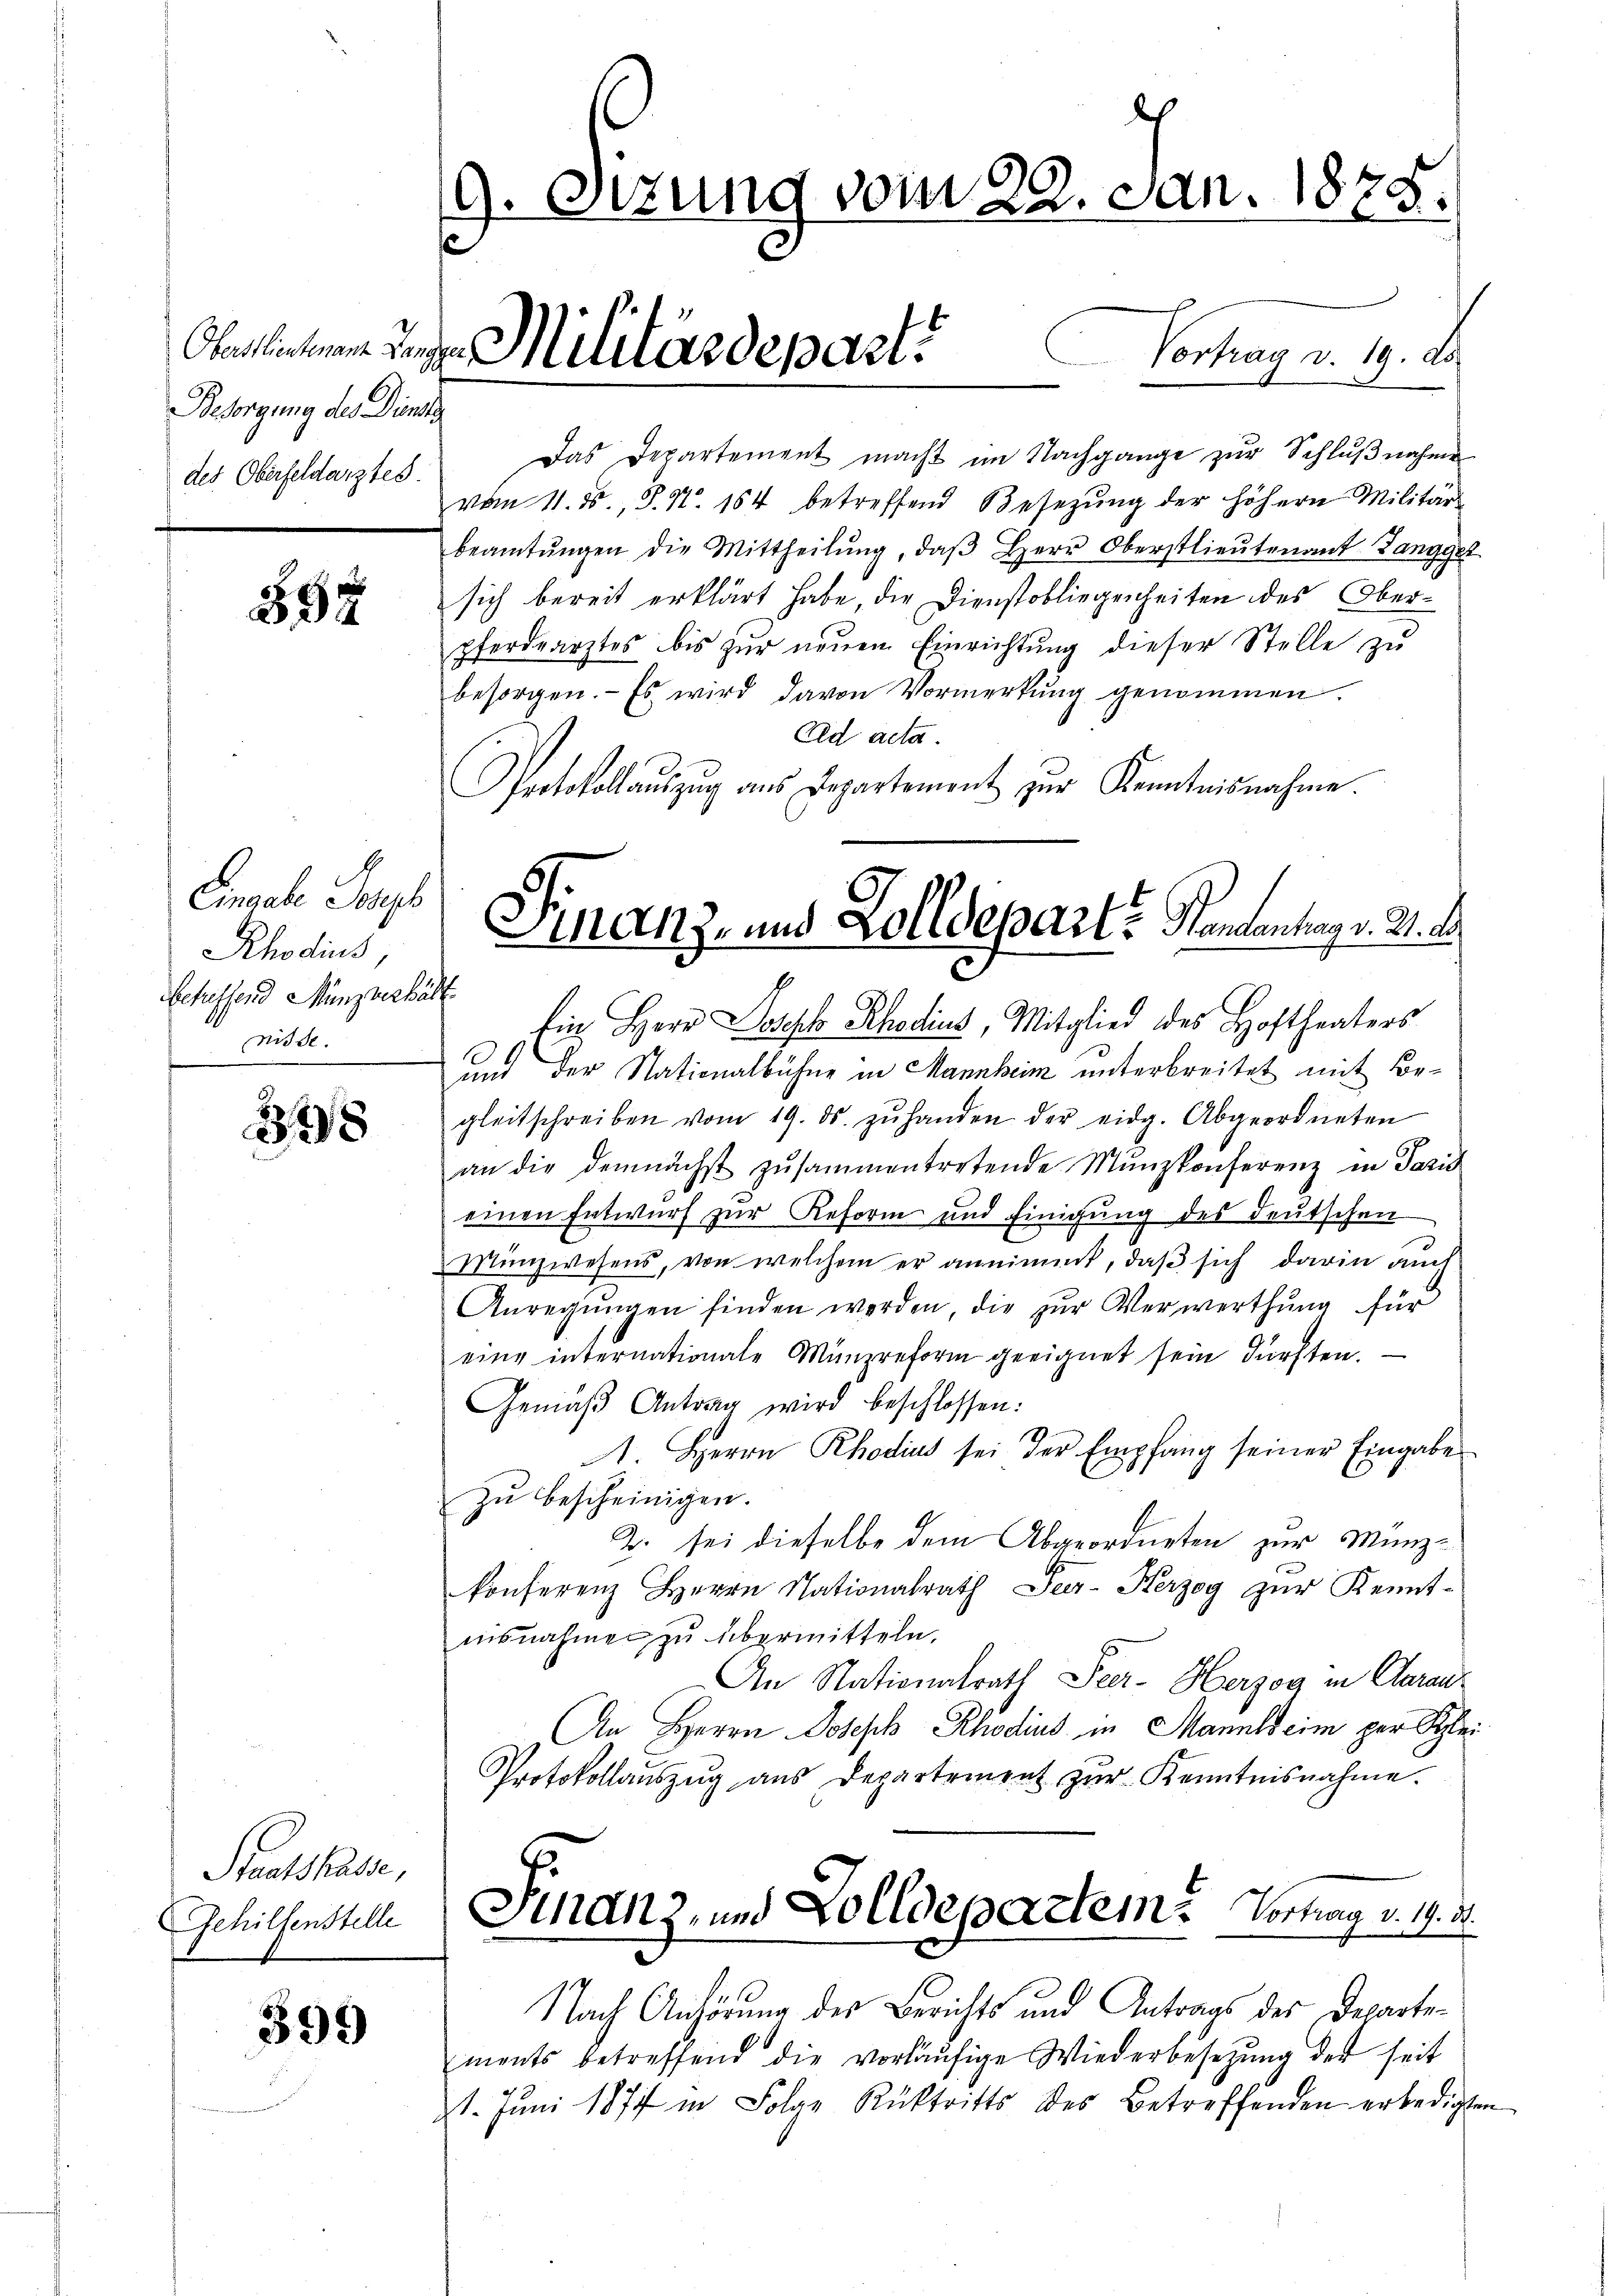
Besorgung des Dienst
des Oberfeldarztes.

334

Eingabe Soph
Rhodius,
betreffend Münzverhäl
nisse.

398

Staatskasse,
Gehilfenstelle

399

e
9. Sizung vom 22. Jan. 1878.

Oberlichen Tagen Militärdepart.

Vortrag v. 19. ds.
Das Departement macht im Nachgange zur Schlŭβnahme
vom 11. ds., S. Nr. 184 betreffend Besetzŭng der höhern Militär-
beamtŭngen die Mittheilŭng, daβ Herr Oberstlieŭtenant Langger
sich bereit erklärt habe, die Dienstobliegenheiten des Oberpferdearztes bis zŭr neŭen Einrichtung dieser Stelle zu
besorgen. - Es wird davon Vormerkung genommen.
Eld acta.
Protokollaŭszŭg ans Departement zŭr Kenntnisnahme.
Ein Herr Joseph Rhodins, Mitglied des Hoftheaters
und der Nationalbühne in Mannheim unterbreitet mit Begleitschreiben vom 19. ds. zŭ handen der eidg. Abgeordneten
an die demnächst zŭsammentretende Mŭnzkonferenz in Paris
einen Entwurf zur Reform und Einigung des Deutschen
Münzwesens, von welchem er annimmt, daß sich darin auch
Anregŭngen finden worden, die zŭr Verwerthŭng für
eine internationale Münzreform geeignet sein dürften.
Gemäβ Antrag wird beschlossen:
1 Herrn Rhodius sei der Empfang seiner Eingabe
zu bescheinigen.
B. sei dieselbe dem Abgeordneten zur Münzkonferenz Herrn Nationalrath Seer-Kerzog zur Kennt-
nisnahmen zu übermitteln.
An Nationalrath Seer- Herzog in Clarau
An Herrn Joseph Rhodius in Manuldcim per Schlei
Protokollaŭszŭg ans Departement zŭr Kenntnisnahme.
Schanz, und Zolldepartem Vortrag v. 19. 21.
Nach Anhörung des Berichts und Antrags des Departements betreffend die vorläŭfige Wiederbesetzung der seit
1. Juni 1877 in Folge Rücktritts des Betreffenden erledigten

inanz- und Zolldepart? Standentrag v. 21. d.